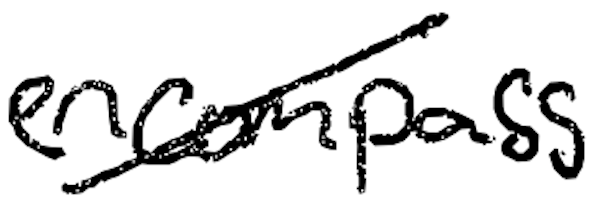
Text: encompass
Cross-out: diagonal
Writing tool: digital_black